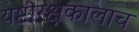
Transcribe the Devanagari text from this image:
यष्टीरक्षकालाच